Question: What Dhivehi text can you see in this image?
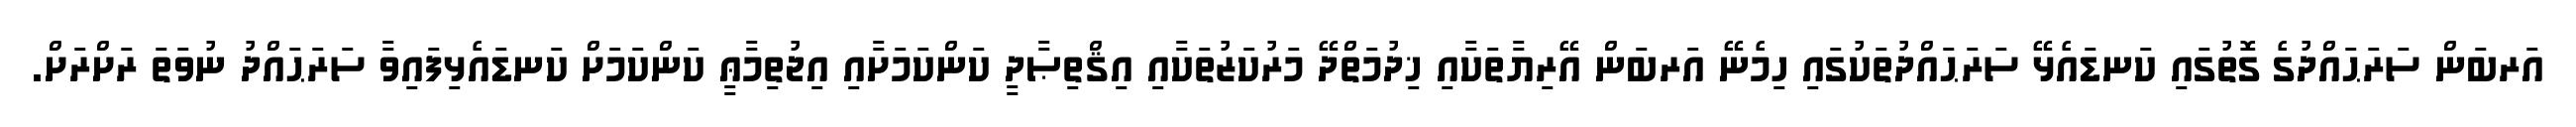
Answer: އަރބަން ސަރަޙައްދުގެ ގޮތުގައި ކަނޑައެޅޭ ސަރަޙައްދުތަކުގައި ހިމެނޭ އަރބަން އޭރިޔާތަކާއި ޚިދުމަތްދޭ މަރުކަޒުތަކާއި އިޤްތިޞާދީ ކަންކަމަށާއި އިޖުތިމާޢީ ކަންކަމަށް ކަނޑައެޅިފައިވާ ސަރަޙައްދު ނުވަތަ ރަށްރަށް.